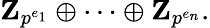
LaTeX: \mathbf{Z}_{p^{e_{1}}}\oplus\cdots\oplus\mathbf{Z}_{p^{e_{n}}}.